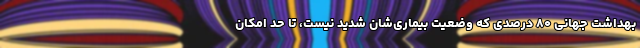
بهداشت جهانی ۸۰ درصدی که وضعیت‌ بیماری‌شان شدید نیست، تا حد امکان